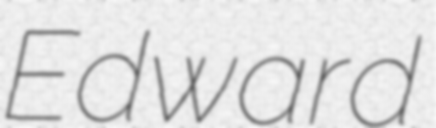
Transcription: Edward